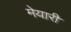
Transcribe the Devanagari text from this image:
मेयारी